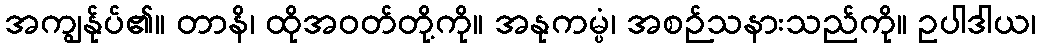
အကျွန်ုပ်၏။ တာနိ၊ ထိုအဝတ်တို့ကို။ အနုကမ္ပံ၊ အစဉ်သနားသည်ကို။ ဥပါဒါယ၊